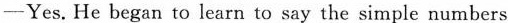
—Yes. He began to learn to say the simple numbers